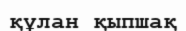
құлан қыпшақ